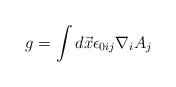
LaTeX: \begin{align*}g=\int d\vec x \epsilon_{0ij}\nabla_i A_j\end{align*}